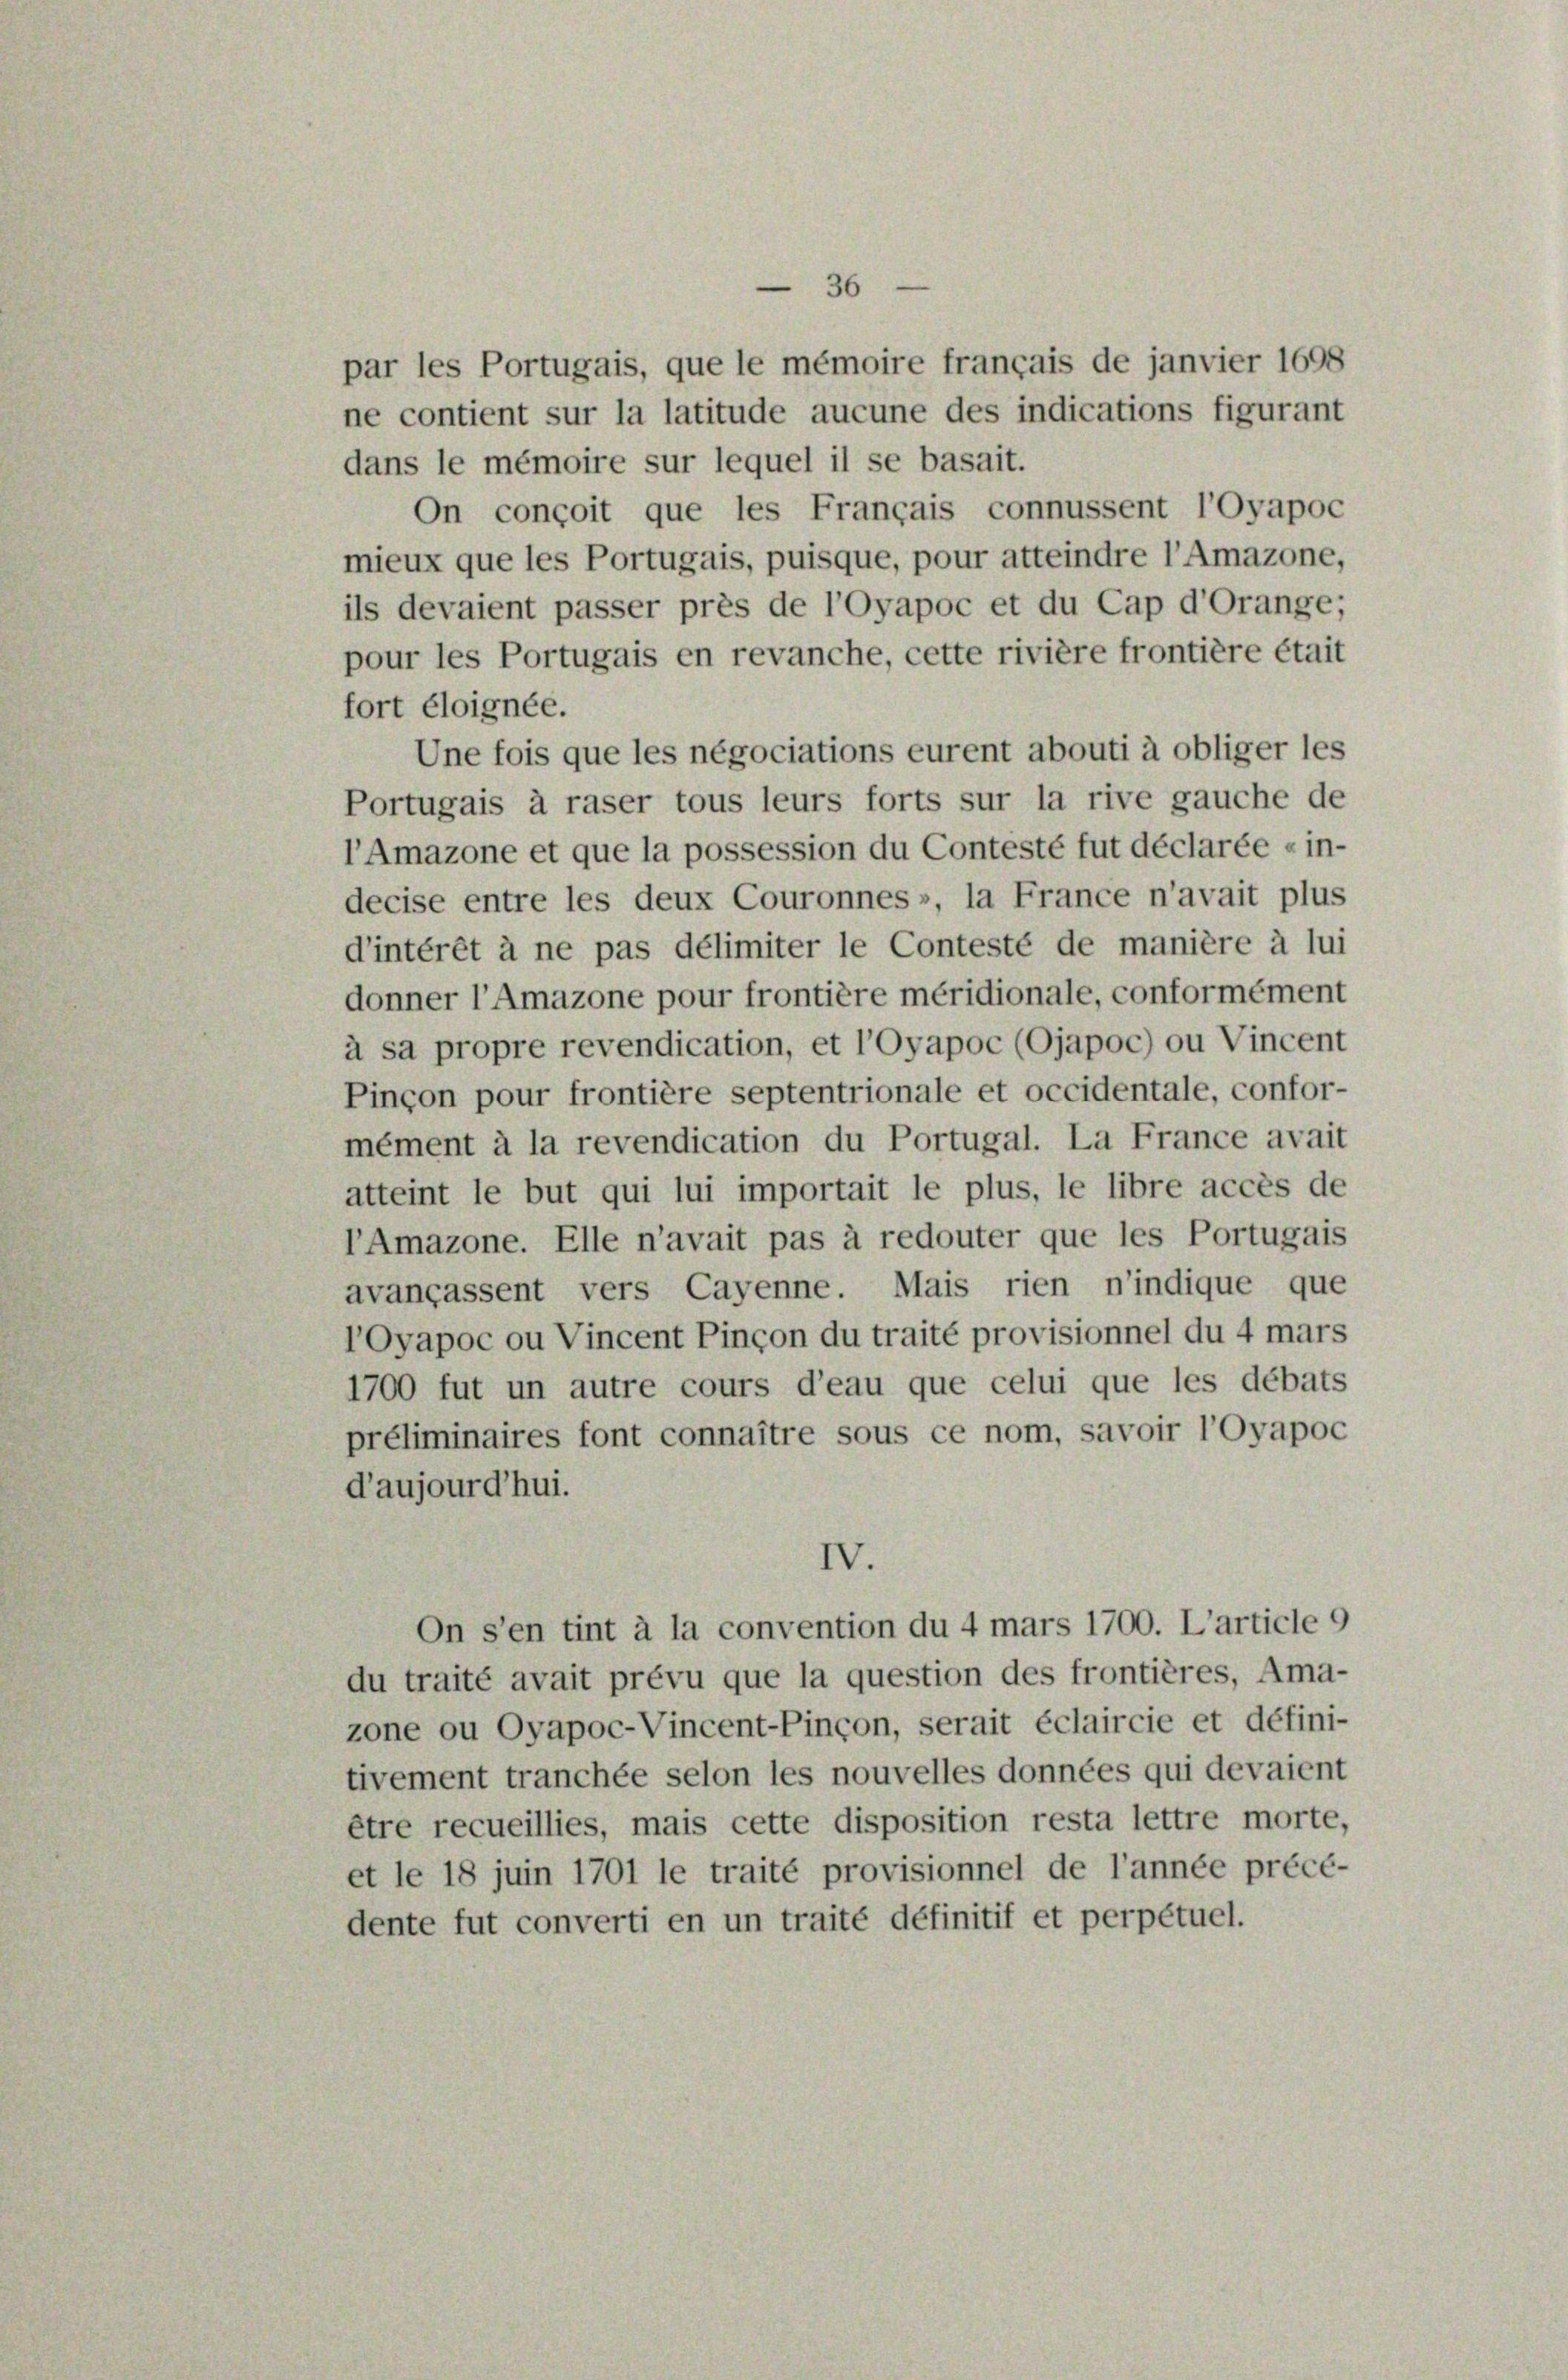
36

par les Portugais, que le mémoire français de janvier 1698
ne contient sur la latitude aucune des indications figurant
dans le mémoire sur lequel il se basait.
On conçoit que les Français connussent l’Oyapoc
mieux que les Portugais, puisque, pour atteindre l’Amazone,
ils devaient passer près de l’Oyapoc et du Cap d’Orange;
pour les Portugais en revanche, cette rivière frontière était
fort éloignée.
Une fois que les négociations eurent abouti à obliger les
Portugais à raser tous leurs forts sur la rive gauche de
l’Amazone et que la possession du Contesté fut déclarée «in-
decise entre les deux Couronnes», la France n’avait plus
d’intérêt à ne pas délimiter le Contesté de manière à lui
donner l’Amazone pour frontière méridionale, conformément
à sa propre revendication, et l’Oyapoc (Ojapoc) ou Vincent
Pinçon pour frontière septentrionale et occidentale, confor-
mément à la revendication du Portugal. La France avait
atteint le but qui lui importait le plus, le libre accès de
l’Amazone. Elle n’avait pas à redouter que les Portugais
avancassent vers Cayenne. Mais rien n’indique que
l’Oyapoc ou Vincent Pinçon du traité provisionnel du 4 mars
1700 fut un autre cours d’eau que celui que les débats
préliminaires font connaître sous ce nom, savoir l’Oyapoc
d’aujourd’hui.
IV.
On s’en tint à la convention du 4 mars 1700. L’article 9
du traité avait prévu que la question des frontières, Ama-
zone ou Oyapoc-Vincent-Pinçon, serait éclaircie et défini-
tivement tranchée selon les nouvelles données qui devaient
être recueillies, mais cette disposition resta lettre morte,
et le 18 juin 1701 le traité provisionnel de l’année précé-
dente fut converti en un traité définitif et perpétuel.